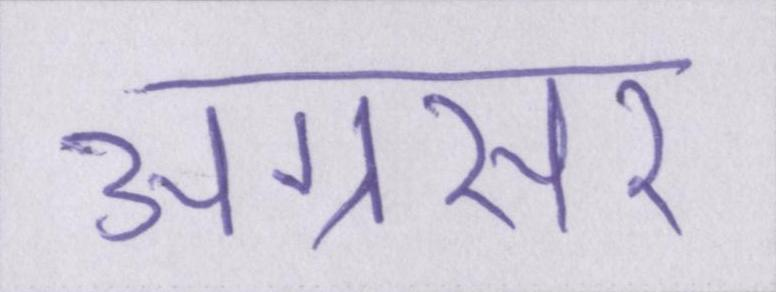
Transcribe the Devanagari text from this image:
अग्रसर